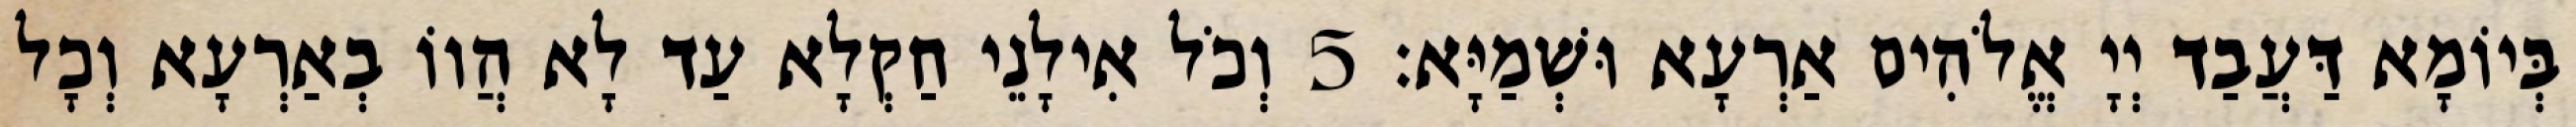
בְּיוֹמָא דַּעֲבַד יְיָ אֱלֹהִים אַרְעָא וּשְׁמַיָּא׃ 5 וְכֹל אִילָנֵי חַקְלָא עַד לָא הֲווֹ בְאַרְעָא וְכָל